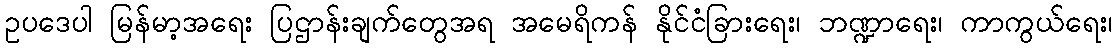
ဥပဒေပါ မြန်မာ့အရေး ပြဌာန်းချက်တွေအရ အမေရိကန် နိုင်ငံခြားရေး၊ ဘဏ္ဍာရေး၊ ကာကွယ်ရေး၊